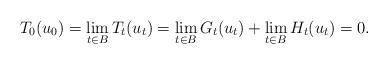
LaTeX: \begin{align*}T_0(u_0)= \lim_{t \in B} T_t(u_t)= \lim_{t \in B} G_t(u_t)+ \lim_{t \in B} H_t(u_t)=0.\end{align*}